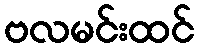
ဗလမင်းထင်